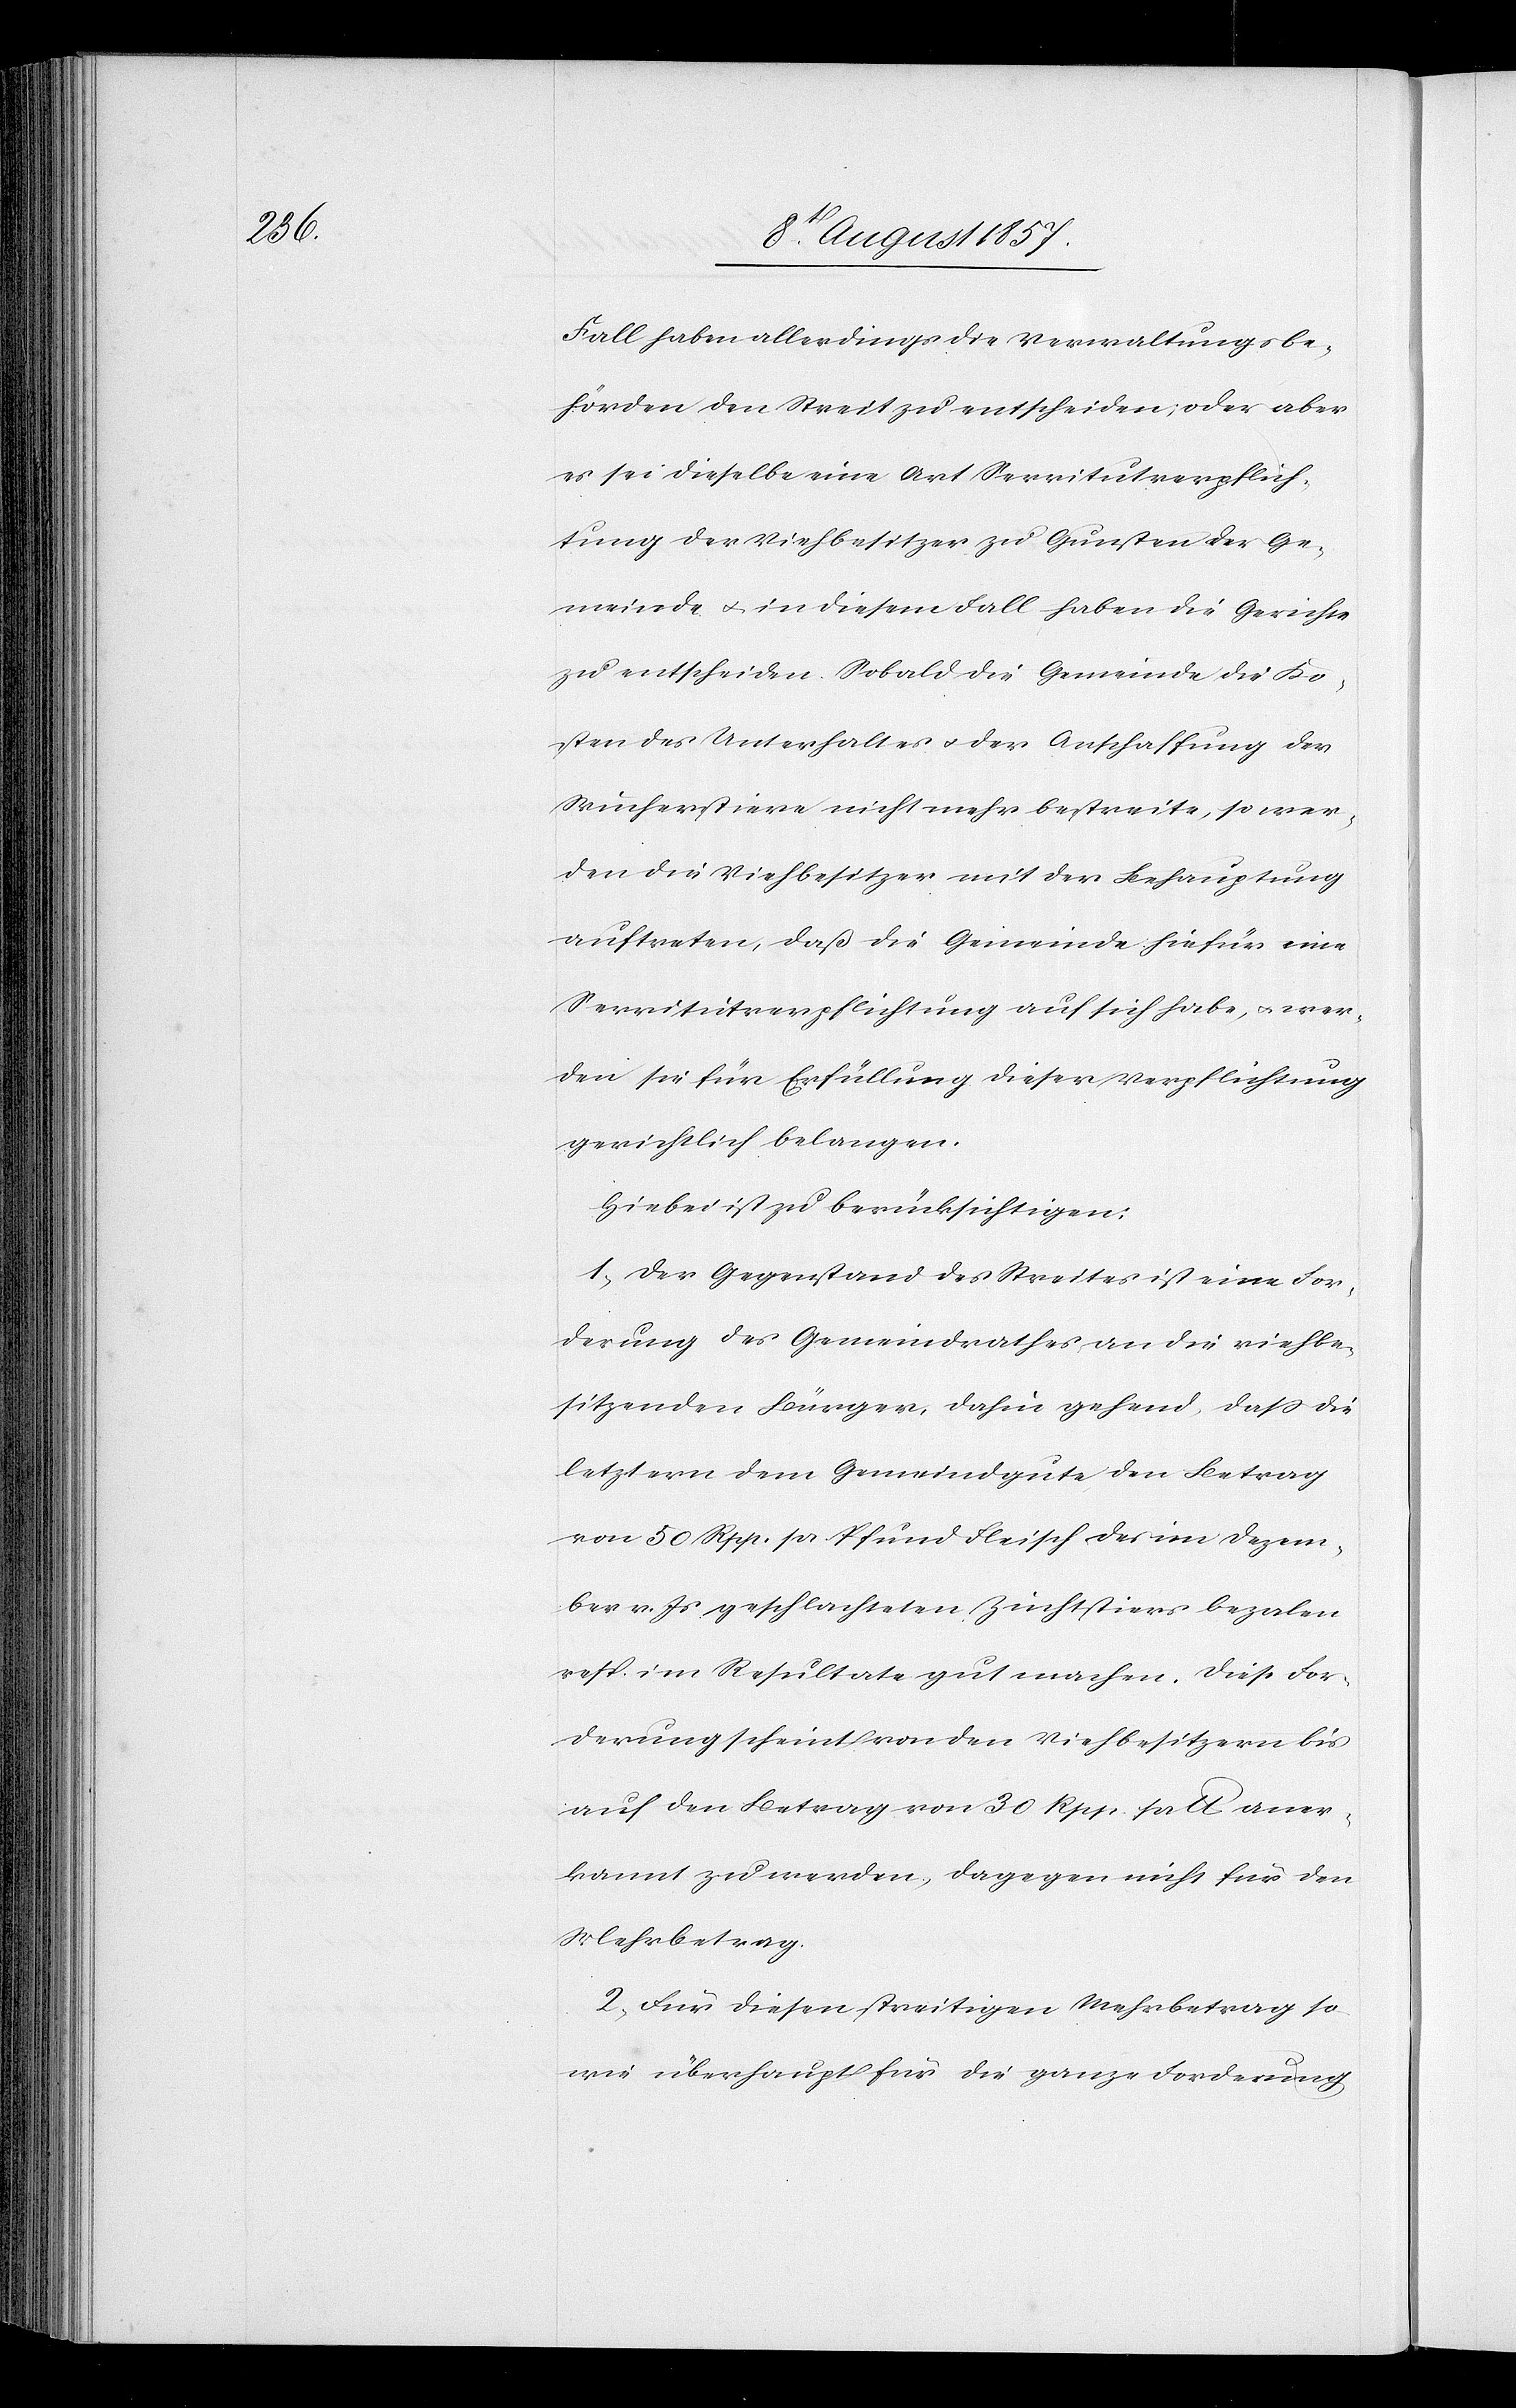
Fall haben allerdings die Verwaltungsbe¬
hörden den Streit zu entscheiden, oder aber
es sei dieselbe eine Art Servitutverpflich¬
tung der Viehbesitzer zu Gunsten der Ge¬
meinde & in diesem Fall haben die Gerichte
zu entscheiden. Sobald die Gemeinde die Ko¬
sten des Unterhaltes & der Anschaffung der
Wucherstiere nicht mehr bestreite, so wer¬
den die Viehbesitzer mit der Behauptung
auftreten, daß die Gemeinde hiefür eine
Servitutsverpflichtung auf sich habe, & wer¬
den sie für Erfüllung dieser Verpflichtung
gerichtlich belangen.
Hiebei ist zu berücksichtigen:
1, Der Gegenstand des Streites ist eine For¬
derung des Gemeindrathes, an die viehbe¬
sitzenden Bürger, dahin gehend, daß die
letztern dem Gemeindgute den Betrag
von 50 Rpp. pr. Pfund Fleisch des im Dezem¬
ber v. Js. geschlachteten Zuchtstieres bezalen
resp. im Resultate gut machen. Diese For¬
derung scheint von den Viehbesitzern bis
auf den Betrag von 30 Rpp. pr lb. aner¬
kannt zu werden, dagegen nicht für den
Mehrbetrag.
2, Für diesen streitigen Mehrbetrag so
wie überhaupt für die ganze Forderung